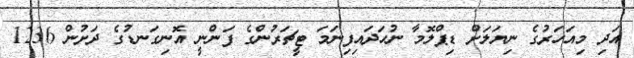
އަދި މިއަހަރުގެ ނިޔަލަށް ޑިޕްލޮމާ ނުހަދައިފިނަމަ ޓީޗަރުންގެ ފަންނީ އޮނިގަނޑުގެ ދަށުން 1236